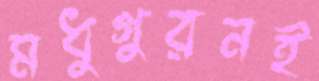
মধুগুরনই